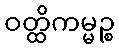
ဝတ္ထိကမ္မဉ္စ